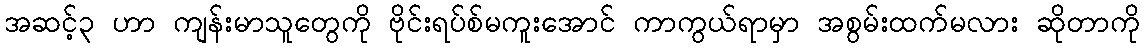
အဆင့်၃ ဟာ ကျန်းမာသူတွေကို ဗိုင်းရပ်စ်မကူးအောင် ကာကွယ်ရာမှာ အစွမ်းထက်မလား ဆိုတာကို